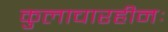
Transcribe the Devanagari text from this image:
कुलाचारहीनः